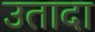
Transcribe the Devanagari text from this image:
उतादा